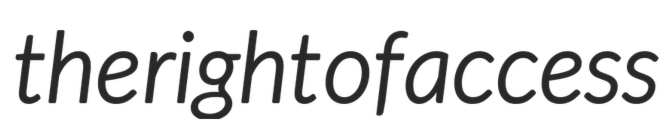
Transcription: the right of access